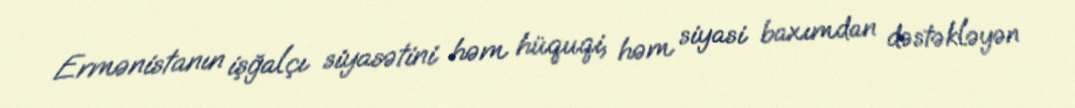
Ermənistanın işğalçı siyasətini həm hüquqi, həm siyasi baxımdan dəstəkləyən